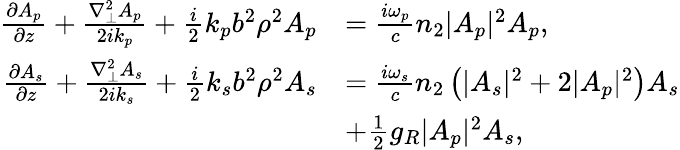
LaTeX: \begin{array}{rl}{\frac{\partial A_{p}}{\partial z}+\frac{\nabla_{\bot}^{2}A_{p}}{2ik_{p}}+\frac{i}{2}k_{p}b^{2}\rho^{2}A_{p}}&{=\frac{i\omega_{p}}{c}n_{2}|A_{p}|^{2}A_{p},}\\ {\frac{\partial A_{s}}{\partial z}+\frac{\nabla_{\bot}^{2}A_{s}}{2ik_{s}}+\frac{i}{2}k_{s}b^{2}\rho^{2}A_{s}}&{=\frac{i\omega_{s}}{c}n_{2}\left(|A_{s}|^{2}+2|A_{p}|^{2}\right)A_{s}}\\ &{+\frac{1}{2}g_{R}|A_{p}|^{2}A_{s},}\end{array}